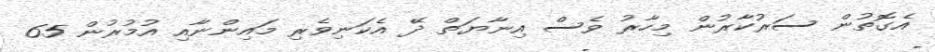
އެގޮތުން ސަރުކާރުން މިހާރު ވެސް އިނާޔަތް ދޭ އެކަނިވެރި މައިންނާއި އުމުރުން 65